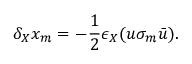
\delta _ { X } x _ { m } = - \frac 1 2 \epsilon _ { X } ( u \sigma _ { m } \bar { u } ) .